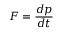
F = { \frac { d p } { d t } }